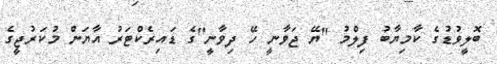
ބޮލީވުޑުގެ ކާމިޔާބު ފިލްމު "ޔޭ ޖަވާނީ ހޭ ދިވާނީ"ގެ ޑައިރެކްޓަރު އާޔަން މުކަރުޖީގެ